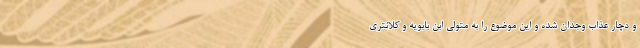
و دچار عذاب وجدان شده و این موضوع را به متولی ابن بابویه و کلانتری